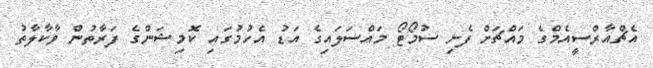
އެޗްއާރްސީއެމްގެ މައްޗަށް ފެށި ސުމޯޓޯ މައްސަލައިގެ އަޑު އެހުމުގައި ކޮމިޝަންގެ ފަރާތުން ވާކާލާތު